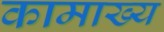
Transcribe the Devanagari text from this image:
कामाख्य